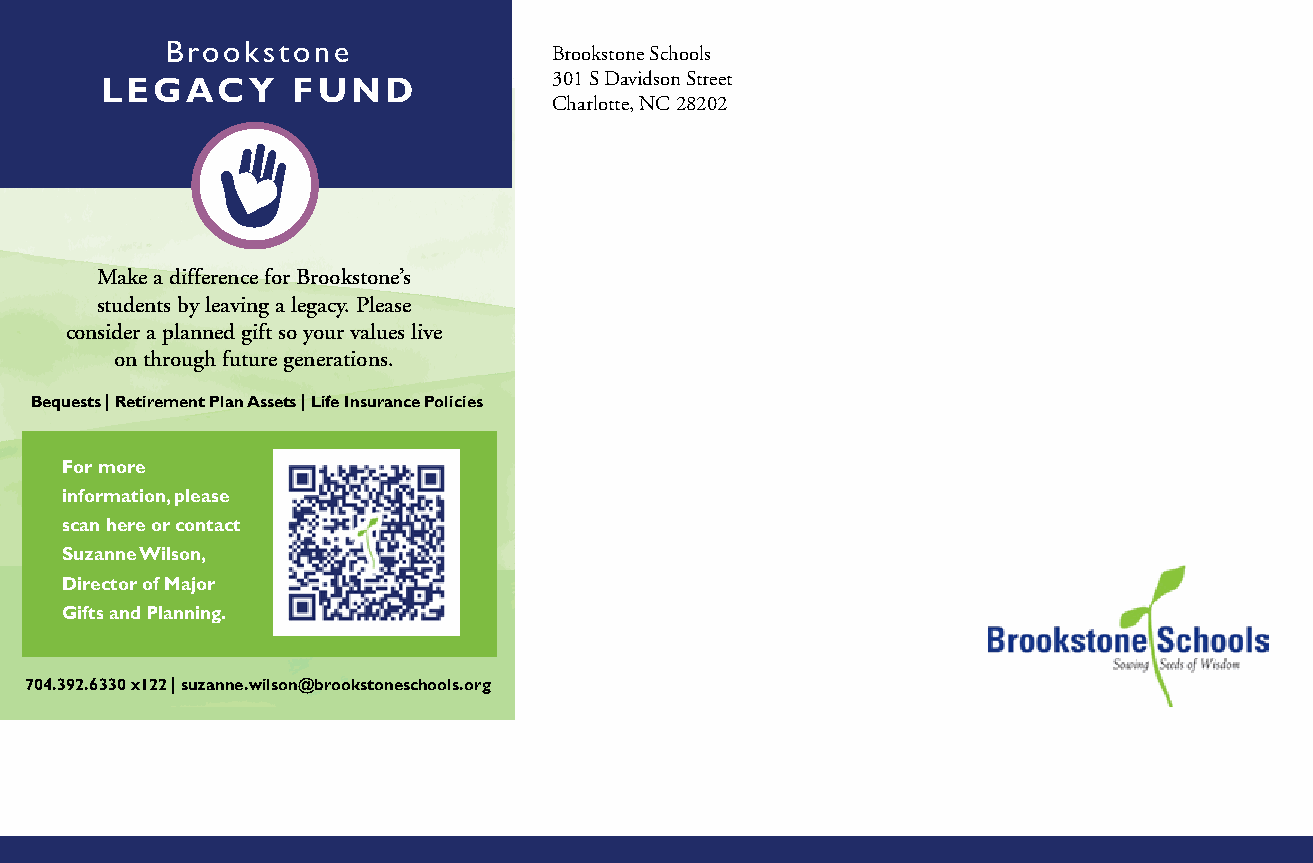
Brookstone                Brookstone Schools
 LEGACY      FUND              301 S Davidson Street
 Charlotte, NC 28202
 Make a difference for Brookstone’s
 students by leaving a legacy. Please
 consider a planned gift so your values live
 on through future generations.
 Bequests | Retirement Plan Assets | Life Insurance Policies
 For more
 information, please
 scan here or contact
 Suzanne Wilson,
 Director of Major
 Gifts and Planning.
 704.392.6330 x122 | suzanne.wilson@brookstoneschools.org